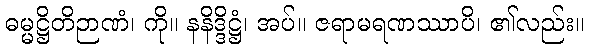
ဓမ္မဋ္ဌိတိဉာဏံ၊ ကို။ နနိဒ္ဒိဋ္ဌံ၊ အပ်။ ဇရာမရဏဿာပိ၊ ၏လည်း။